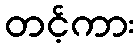
တင့်ကား